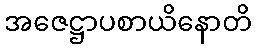
အဇေဋ္ဌာပစာယိနောတိ